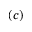
( c )